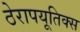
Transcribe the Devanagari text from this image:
ठेरापयूतिक्स